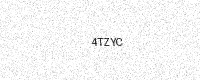
Text: 4TZYC